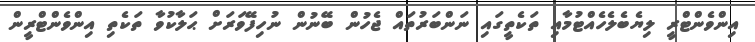
އިންވެންޓްރީ ލިޔެބެލެހެއްޓުމާއި ތަކެތީގައި ނަންބަރުތައް ޖެހުން ބޭނުން ނުހިފޭވަރަށް ޙަލާކުވާ ތަކެތި އިންވެންޓްރީން